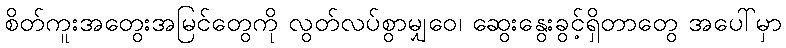
စိတ်ကူးအတွေးအမြင်တွေကို လွတ်လပ်စွာမျှဝေ၊ ဆွေးနွေးခွင့်ရှိတာတွေ အပေါ်မှာ